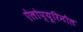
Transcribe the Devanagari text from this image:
ऐलोप्यूरिनौल